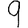
Digit: 9